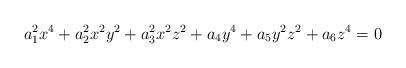
LaTeX: \begin{align*}a_1^2 x^4 + a_2^2 x^2 y^2 + a_3^2 x^2 z^2 + a_4 y^4 + a_5 y^2 z^2 + a_6 z^4=0\end{align*}